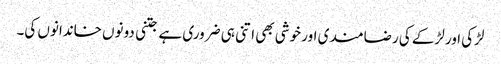
لڑکی اور لڑکے کی رضامند ی اور خوشی بھی اتنی ہی ضروری ہے جتنی دونوں خاندانوں کی۔